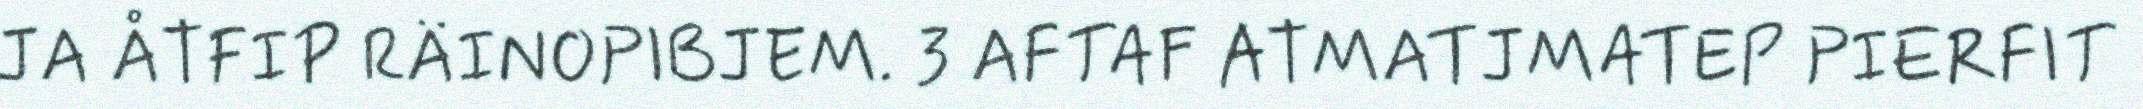
JA ÅTFIP RÄINOPIBJEM. 3 AFTAF ATMATJMATEP PIERFIT